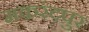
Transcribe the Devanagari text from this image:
मकरंदपुर